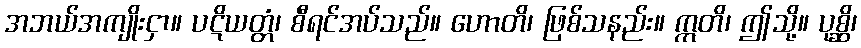
အဘယ်အကျိုးငှာ။ ပဋိယတ္တံ၊ စီရင်အပ်သည်။ ဟောတိ၊ ဖြစ်သနည်း။ ဣတိ၊ ဤသို့။ ပုစ္ဆိ၊